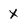
Character: X